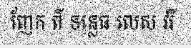
ញែក ពី ទន្លេធ លេស វរី